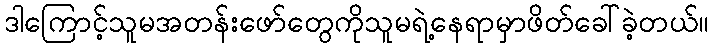
ဒါကြောင့်သူမအတန်းဖော်တွေကိုသူမရဲ့နေရာမှာဖိတ်ခေါ်ခဲ့တယ်။